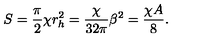
S = { \frac { \pi } { 2 } } \chi r _ { h } ^ { 2 } = { \frac { \chi } { 3 2 \pi } } \beta ^ { 2 } = { \frac { \chi A } { 8 } } .